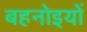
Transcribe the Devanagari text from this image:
बहनोइयों